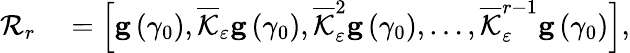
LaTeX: \begin{array}{rl}{\mathcal{R}_{r}}&{{}=\left[\mathbf{g}\left(\gamma_{0}\right),\overline{{\mathcal{K}}}_{\varepsilon}\mathbf{g}\left(\gamma_{0}\right),\overline{{\mathcal{K}}}_{\varepsilon}^{2}\mathbf{g}\left(\gamma_{0}\right),\ldots,\overline{{\mathcal{K}}}_{\varepsilon}^{r-1}\mathbf{g}\left(\gamma_{0}\right)\right],}\end{array}